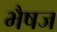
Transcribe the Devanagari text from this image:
भैषज